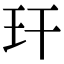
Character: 玕